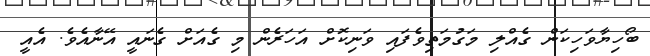
ބޯހިޔާވަހިކަން ގެއްލި މަގުމަތިވެފައި ވަނިކޮށް އަހަރެން މި ގެއަށް ގެނައީ އޭނާއެވެ. އެއީ